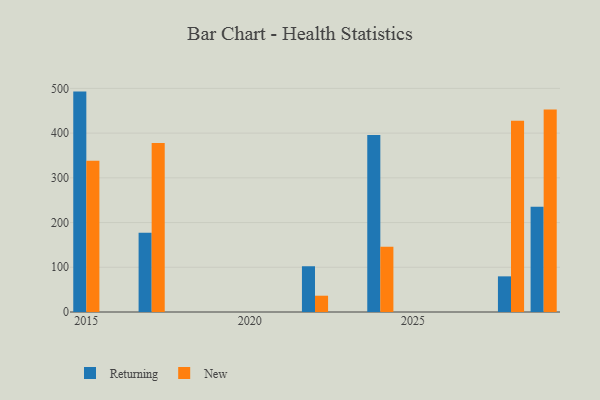
{"axis": {"x": "Year", "y": "Backlog"}, "legend": ["New", "Returning"], "data": [{"x": "2015", "y": 492.8, "type": "Returning"}, {"x": "2015", "y": 338.0, "type": "New"}, {"x": "2024", "y": 396.0, "type": "Returning"}, {"x": "2024", "y": 145.7, "type": "New"}, {"x": "2029", "y": 235.1, "type": "Returning"}, {"x": "2029", "y": 452.8, "type": "New"}, {"x": "2022", "y": 102.3, "type": "Returning"}, {"x": "2022", "y": 36.4, "type": "New"}, {"x": "2017", "y": 177.1, "type": "Returning"}, {"x": "2017", "y": 378.1, "type": "New"}, {"x": "2028", "y": 79.7, "type": "Returning"}, {"x": "2028", "y": 427.7, "type": "New"}]}